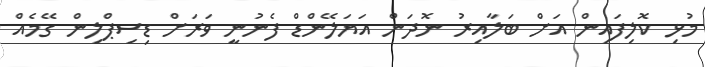
މުޅި ކޮލިފައިން އަށް ބަލާއިރު ނޮދަން އަޔަލޭންޑް ފެނުނީ ވަރަށް ޑިސިޕްލިން ގޭމެއް